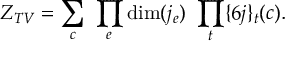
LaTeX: Z _ { T V } = \sum _ { c } \ \prod _ { e } \mathrm { d i m } ( j _ { e } ) \ \prod _ { t } \{ 6 j \} _ { t } ( c ) .